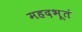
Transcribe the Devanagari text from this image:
महदभूतं